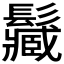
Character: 𩯩